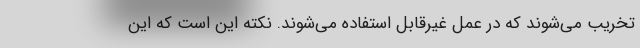
تخريب مي‌شوند كه در عمل غيرقابل استفاده مي‌شوند. نكته اين است كه اين